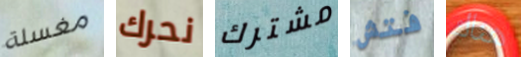
مغسلة نحرك مشترك فتش هناك